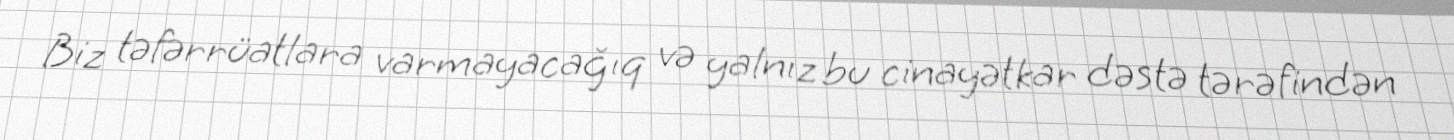
Biz təfərrüatlara varmayacağıq və yalnız bu cinayətkar dəstə tərəfindən